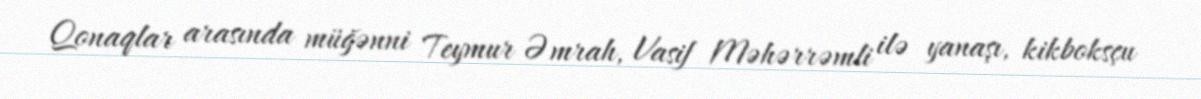
Qonaqlar arasında müğənni Teymur Əmrah, Vasif Məhərrəmli ilə yanaşı, kikboksçu